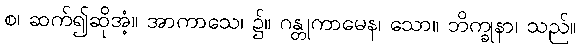
စ၊ ဆက်၍ဆိုအံ့။ အာကာသေ၊ ၌။ ဂန္တုကာမေန၊ သော။ ဘိက္ခုနာ၊ သည်။